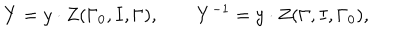
Y = y \cdot Z ( \Gamma _ { 0 } , I , \Gamma ) , \mathbf { \qquad } Y ^ { - 1 } = y \cdot Z ( \Gamma , I , \Gamma _ { 0 } ) ,